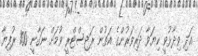
އަދި ވިދާޅުވީ ކިޔަވާ ދަރިވަރުންގެ އަތުން ރަޖިސްޓްރީ ވުމަށް ނަގާނީ 100 ރުފިޔާ